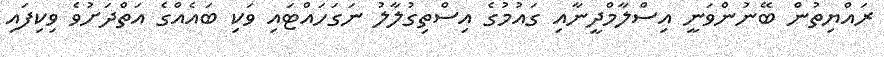
ރައްޔިތުން ބޭނުންވަނީ އިސްލާމްދީނާއި ގައުމުގެ އިސްތިގުލާލު ނަގަހައްޓައި ވަކި ބައެއްގެ އަތްދަށުވެ ވިކިފައި